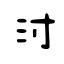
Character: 泭